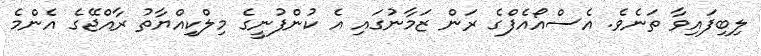
ލިބިފައިވާ ތަނެވެ. އެސްއޯއެފްގެ ރަން ޒަމާނުގައި އެ ކުންފުނީގެ މިލްކިއްޔާތު ރާއްޖޭގެ އެންމެ